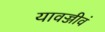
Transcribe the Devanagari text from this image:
यावज्जीवं